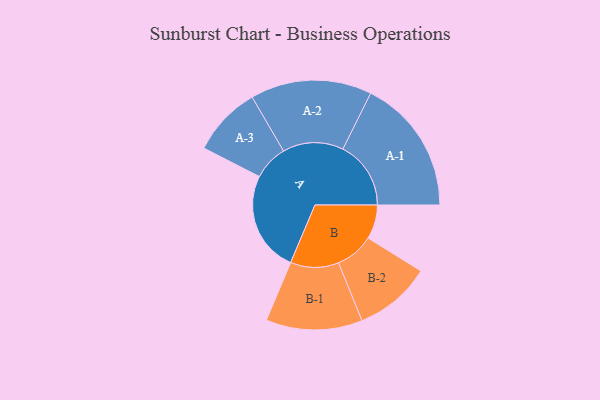
{"axis": {"x": "Segment", "y": "Value"}, "legend": ["", "A", "B"], "data": [{"x": "A", "y": 372, "type": ""}, {"x": "B", "y": 126, "type": ""}, {"x": "A-1", "y": 251, "type": "A"}, {"x": "A-2", "y": 224, "type": "A"}, {"x": "A-3", "y": 129, "type": "A"}, {"x": "B-1", "y": 178, "type": "B"}, {"x": "B-2", "y": 142, "type": "B"}]}